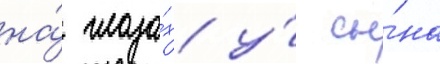
на́ глаза́х у́ сы́на